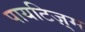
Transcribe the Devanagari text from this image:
पायटिज़्म